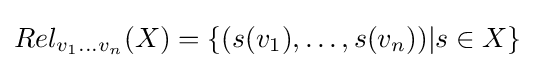
Rel_{v_{1}\dots v_{n}}(X)=\{(s(v_{1}),\dots ,s(v_{n}))|s\in X\}